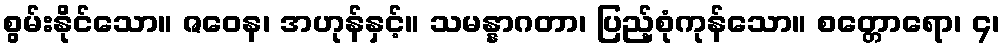
စွမ်းနိုင်သော။ ဇဝေန၊ အဟုန်နှင့်။ သမန္နာဂတာ၊ ပြည့်စုံကုန်သော။ စတ္တောရော၊ ၄၊